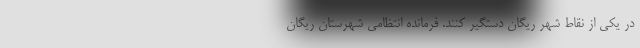
در یکی از نقاط شهر ریگان دستگیر کنند. فرمانده انتظامی شهرستان ریگان